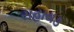
સહાય૩